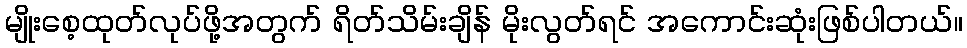
မျိုးစေ့ထုတ်လုပ်ဖို့အတွက် ရိတ်သိမ်းချိန် မိုးလွတ်ရင် အကောင်းဆုံးဖြစ်ပါတယ်။